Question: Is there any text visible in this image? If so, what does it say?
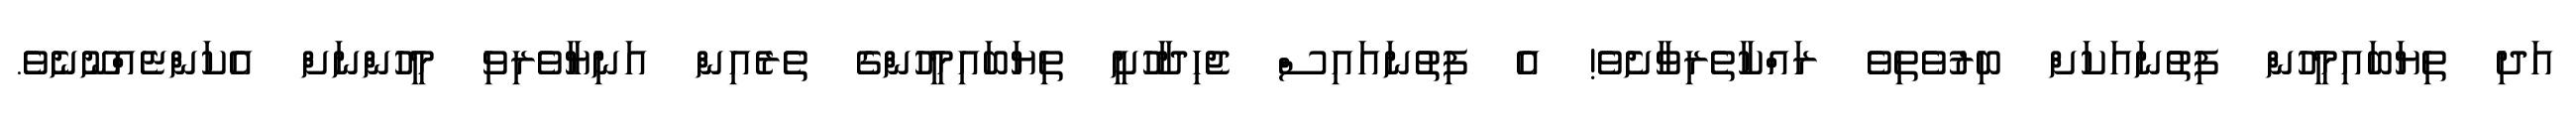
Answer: އަދި ތިޔަބައިމީހުން ފިތުނައަކަށް ބިރުވެތިވެ ރައްކާތެރިވާށެވެ! އެ ފިތުނައައިސް ޖެހިދާހުށީ ތިޔަބައިމީހުންގެ ތެރެއިން އަނިޔާވެރިވި މީހުންނަށް އެކަންޏެއްނޫނެވެ.